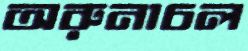
অরুনাচল